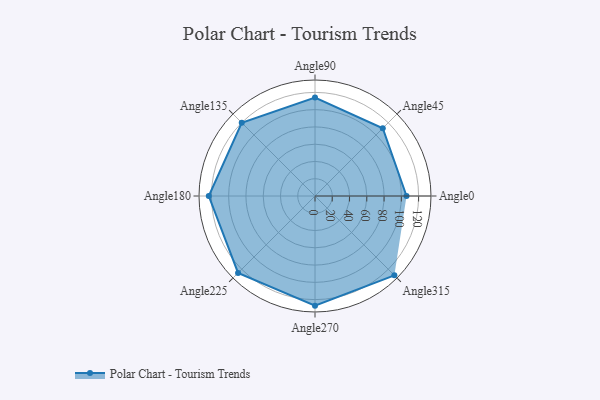
{"axis": {"x": "Angle", "y": "Radius"}, "legend": [""], "data": [{"x": "Angle0", "y": 106.0, "type": ""}, {"x": "Angle45", "y": 111.0, "type": ""}, {"x": "Angle90", "y": 114.0, "type": ""}, {"x": "Angle135", "y": 120.0, "type": ""}, {"x": "Angle180", "y": 123.0, "type": ""}, {"x": "Angle225", "y": 126.0, "type": ""}, {"x": "Angle270", "y": 127.0, "type": ""}, {"x": "Angle315", "y": 130.0, "type": ""}]}